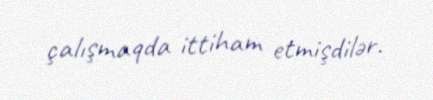
çalışmaqda ittiham etmişdilər.